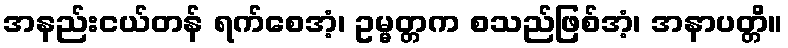
အနည်းငယ်တန် ရက်စေအံ့၊ ဥမ္မတ္တက စသည်ဖြစ်အံ့၊ အနာပတ္တိ။